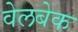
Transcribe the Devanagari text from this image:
वेलबेक